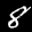
Label: 8